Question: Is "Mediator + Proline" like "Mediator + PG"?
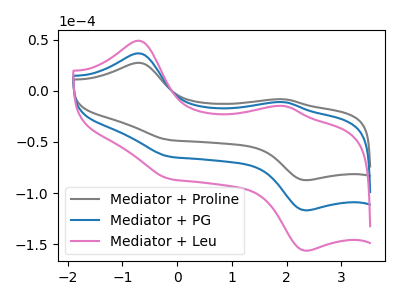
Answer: <think>The gray curve "Mediator + Proline" has anodic peaks at (-0.70V, 27.30uA) (1.95V, -8.35uA) and cathodic peaks at (-0.15V, -48.10uA) (2.35V, -87.35uA). The blue curve "Mediator + PG" has anodic peaks at (-0.70V, 36.50uA) (1.95V, -11.15uA) and cathodic peaks at (-0.15V, -64.35uA) (2.35V, -116.85uA). The pink curve "Mediator + Leu" has anodic peaks at (-0.70V, 73.00uA) (1.95V, -22.30uA) and cathodic peaks at (-0.15V, -128.70uA) (2.35V, -233.70uA).
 All the peaks in "Mediator + Proline" have a peak in "Mediator + PG" at the same potential.</think>
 <answer>"Mediator + Proline" and "Mediator + PG" are similar in shape.</answer>
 <eval>same_shape</eval>